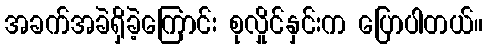
အခက်အခဲရှိခဲ့ကြောင်း စုလှိုင်နှင်းက ပြောပါတယ်။